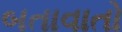
બતાવાતો